Lunatic asylums in Bengal annual reports 1888-1898 - 1888-1898
Year: 1888
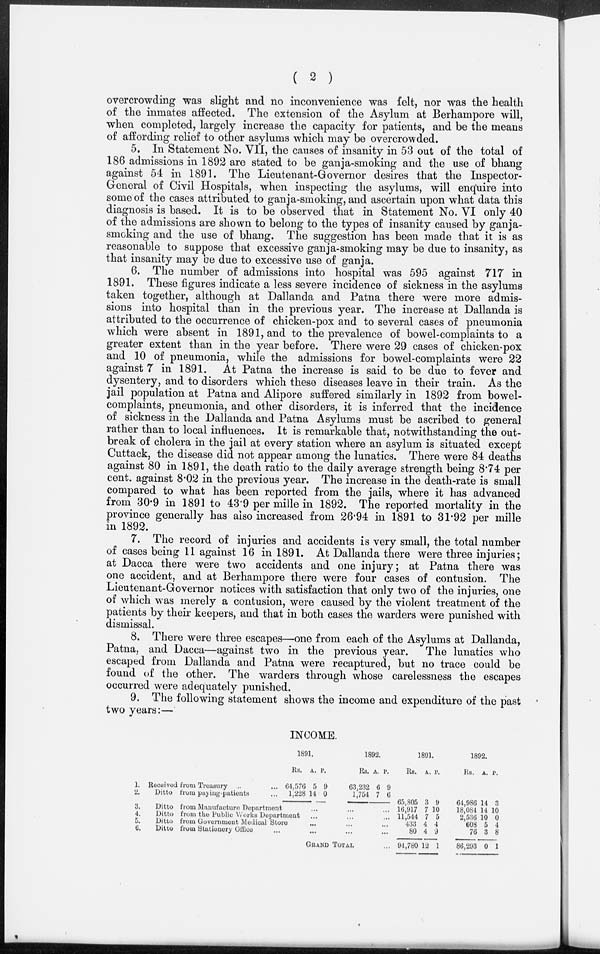
( 2 )
overcrowding was slight and no inconvenience was felt, nor was the health
of the inmates affected. The extension of the Asylum at Berhampore will,
when completed, largely increase the capacity for patients, and be the means
of affording relief to other asylums which may be overcrowded.
5. In Statement No. VII, the causes of insanity in 53 out of the total of
186 admissions in 1892 are stated to be ganja-smoking and the use of bhang
against 54 in 1891. The Lieutenant-Governor desires that the Inspector-
General of Civil Hospitals, when inspecting the asylums, will enquire into
some of the cases attributed to ganja-smoking, and ascertain upon what data this
diagnosis is based. It is to be observed that in Statement No. VI only 40
of the admissions are shown to belong to the types of insanity caused by ganja-
smoking and the use of bhang. The suggestion has been made that it is as
reasonable to suppose that excessive ganja-smoking may be due to insanity, as
that insanity may be due to excessive use of ganja.
6. The number of admissions into hospital was 595 against 717 in
1891. These figures indicate a less severe incidence of sickness in the asylums
taken together, although at Dallanda and Patna there were more admis-
sions into hospital than in the previous year. The increase at Dallanda is
attributed to the occurrence of chicken-pox and to several cases of pneumonia
which were absent in 1891, and to the prevalence of bowel-complaints to a
greater extent than in the year before. There were 29 cases of chicken-pox
and 10 of pneumonia, while the admissions for bowel-complaints were 22
against 7 in 1891. At Patna the increase is said to be due to fever and
dysentery, and to disorders which these diseases leave in their train. As the
jail population at Patna and Alipore suffered similarly in 1892 from bowel-
complaints, pneumonia, and other disorders, it is inferred that the incidence
of sickness in the Dallanda and Patna Asylums must be ascribed to general
rather than to local influences. It is remarkable that, notwithstanding the out-
break of cholera in the jail at every station where an asylum is situated except
Cuttack, the disease did not appear among the lunatics. There were 84 deaths
against 80 in 1891, the death ratio to the daily average strength being 8.74 per
cent. against 8.02 in the previous year. The increase in the death-rate is small
compared to what has been reported from the jails, where it has advanced
from 30.9 in 1891 to 43.9 per mille in 1892. The reported mortality in the
province generally has also increased from 26.94 in 1891 to 31.92 per mille
in 1892.
7. The record of injuries and accidents is very small, the total number
of cases being 11 against 16 in 1891. At Dallanda there were three injuries;
at Dacca there were two accidents and one injury; at Patna there was
one accident, and at Berhampore there were four cases of contusion. The
Lieutenant-Governor notices with satisfaction that only two of the injuries, one
of which was merely a contusion, were caused by the violent treatment of the
patients by their keepers, and that in both cases the warders were punished with
dismissal.
8. There were three escapes—one from each of the Asylums at Dallanda,
Patna, and Dacca—against two in the previous year.
The lunatics who
escaped from Dallanda and Patna were recaptured, but no trace could be
found of the other. The warders through whose carelessness the escapes
occurred were adequately punished.
9. The following statement shows the income and expenditure of the past
two years:—
INCOME.
1. Received from Treasury ... ...
2.
Ditto from paying-patients ...
1891.
Rs.
64,576
1,228
A.
5
14
P.
9
0
1892.
Rs.
63,232
1,754
A.
6
7
P.
9
6
3.
Ditto from Manufacture Department ... ... ...
4.
Ditto from the Public Works Department ... ... ...
5.
Ditto from Government Medical Store ... ... ...
6.
Ditto from Stationery Office ... ... ... ...
GRAND TOTAL ...
1891.
Rs. A. P.
...
...
16,917
11,544
433
80
94,780
7
7
4
4
12
10
5
4
9
1
1892.
Rs. A. P.
...
...
18,084
2,536
608
76
86,293
14
10
5
3
0
10
0
4
8
1